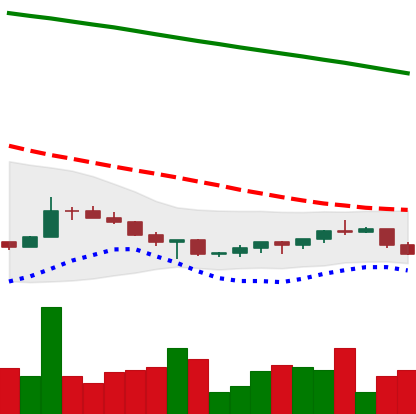
Ticker: XRP-USD
Chart end date: 2022-07-11
Forward return: 11.634%
Label: up_7plus